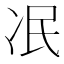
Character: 冺